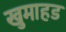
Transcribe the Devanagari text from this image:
खुमाहड